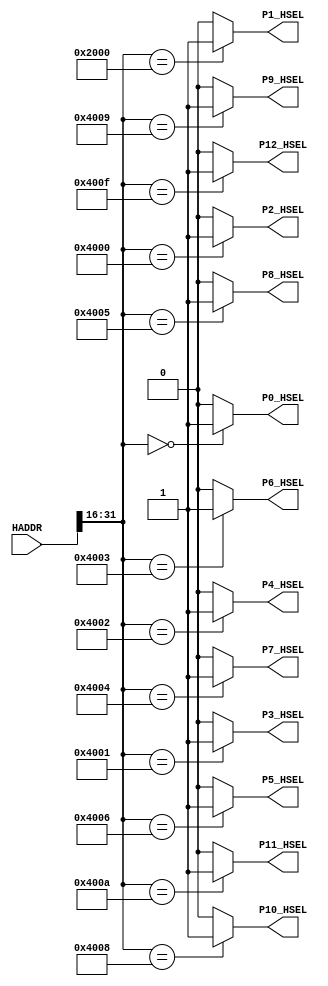
module AHBlite_Decoder
#(
    /*RAMCODE enable parameter*/
    parameter Port0_en = 1,
    /************************/

    /*RAMDATA enable parameter*/
    parameter Port1_en = 1,
    /************************/

    /*LED enable parameter*/
    parameter Port2_en = 1,
    /************************/

    /*UART enable parametersdram_ctr*/
    parameter Port3_en = 1,

	/*key enable parametersdram_ctr*/
	parameter Port4_en = 1,

	/*ADC_IIC enable parametersdram_ctr*/
	parameter Port5_en = 1,
	/*IO enable parametersdram_ctr*/
	parameter Port6_en = 1,
	/*SPI enable parametersdram_ctr*/
	parameter Port7_en = 1,
	/*PAJ_IIC enable parametersdram_ctr*/
	parameter Port8_en = 1,
	/*IO_WRITE enable parametersdram_ctr*/
	parameter Port9_en = 1,
	/*LCD enable parametersdram_ctr*/
	parameter Port10_en = 1,
	/*IO_READ enable parametersdram_ctr*/
	parameter Port11_en = 1,
	/*UART2 enable parametersdram_ctr*/
	parameter Port12_en = 1
    /************************/

    /************************/
)(
    input [31:0] HADDR,

    /*RAMCODE OUTPUT SELECTION SIGNAL*/
    output wire P0_HSEL,

    /*RAMDATA OUTPUT SELECTION SIGNAL*/
    output wire P1_HSEL,

    /*LED OUTPUT SELECTION SIGNAL*/
    output wire P2_HSEL,

    /*UART OUTPUT SELECTION SIGNAL*/
    output wire P3_HSEL,

    /*KEY OUTPUT SELECTION SIGNAL*/
    output wire P4_HSEL,

    /*IIC OUTPUT SELECTION SIGNAL*/
    output wire P5_HSEL,
	/*IO OUTPUT SELECTION SIGNAL*/
	output wire P6_HSEL,
	/*spi OUTPUT SELECTION SIGNAL*/
	output wire P7_HSEL,
	/*PAJ_IIC OUTPUT SELECTION SIGNAL*/
	output wire P8_HSEL,
	output wire P9_HSEL,
	output wire P10_HSEL,
	output wire P11_HSEL,
	output wire P12_HSEL
);

//RAMCODE-----------------------------------

//0x00000000-0x00000400
/*Insert RAMCODE decoder code there*/
assign P0_HSEL = (HADDR[31:16] == 16'h0000) ? Port0_en : 1'b0; 
/***********************************/

//RAMDATA-----------------------------

//0X20000000-0X20000400
/*Insert RAMDATA decoder code there*/
assign P1_HSEL = (HADDR[31:16] == 16'h2000) ? Port1_en : 1'b0; 
/***********************************/

//PERIPHRAL-----------------------------

//0X40000000 LED
/*Insert LED decoder code there*/
assign P2_HSEL = (HADDR[31:16] == 16'h4000) ? Port2_en : 1'b0; 


/***********************************/
//0X40010000 UART RX DATA
//0X40010004 UART TX STATE
//0X40010008 UART TX DATA
/*Insert UART decoder code there*/
assign P3_HSEL = (HADDR[31:16] == 16'h4001) ? Port3_en : 1'b0;
/***********************************/

/*Insert KEY decoder code there*/
assign P4_HSEL = (HADDR[31:16] == 16'h4002) ? Port4_en : 1'b0;

//0X40060000 IIC_SCL
//0X40060004 IIC_SDA
//0X40060008 ACK
/*Insert QN8027 decoder code there*/
assign P5_HSEL = (HADDR[31:16] == 16'h4006) ? Port5_en : 1'b0;
/*Insert IO decoder code there*/
assign P6_HSEL = (HADDR[31:16] == 16'h4003) ? Port6_en : 1'b0;
/*Insert spi decoder code there*/
assign P7_HSEL = (HADDR[31:16] == 16'h4004) ? Port7_en : 1'b0;
/*Insert PAJ_IIC decoder code there*/
assign P8_HSEL = (HADDR[31:16] == 16'h4005) ? Port8_en : 1'b0;
assign P9_HSEL = (HADDR[31:16] == 16'h4009) ? Port9_en : 1'b0;
assign P10_HSEL = (HADDR[31:16] == 16'h4008) ? Port10_en : 1'b0;
assign P11_HSEL = (HADDR[31:16] == 16'h400A) ? Port11_en : 1'b0;
assign P12_HSEL = (HADDR[31:16] == 16'h400F) ? Port12_en : 1'b0;
endmodule